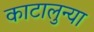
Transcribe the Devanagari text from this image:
काटालुन्या